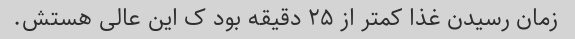
زمان رسیدن غذا کمتر از ۲۵ دقیقه بود ک این عالی هستش.